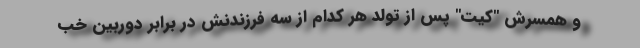
و همسرش "کیت" پس از تولد هر کدام از سه فرزندنش در برابر دوربین خب